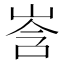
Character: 㟔